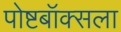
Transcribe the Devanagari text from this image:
पोष्टबॉक्सला